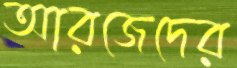
আরজেদের